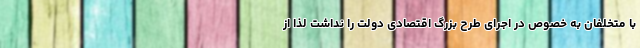
با متخلفان به خصوص در اجرای طرح بزرگ اقتصادی دولت را نداشت لذا از